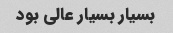
بسیار بسیار عالی بود